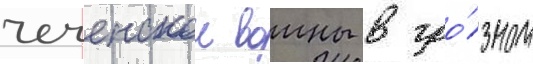
чеченскои воины в гро́зном